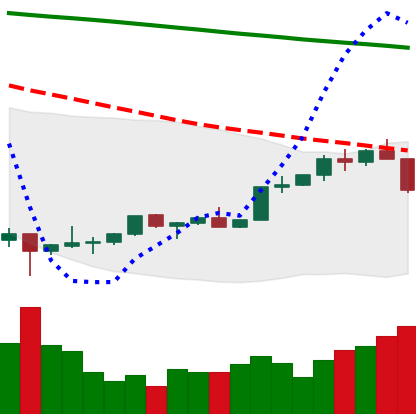
Ticker: TRX-USD
Chart end date: 2022-02-11
Forward return: 3.783%
Label: up_3_5